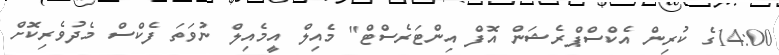
14:00ގެ ކުރިން އެކްސްޕްރެޝަން އޮފް އިންޓަރެސްޓް" މެއިލް އީމެއިލް ނުވަތަ ފެކްސް މެދުވެރިކޮށް